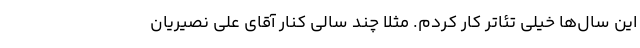
این سال‌ها خیلی تئاتر کار کردم. مثلا چند سالی کنار آقای علی نصیریان